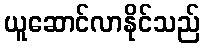
ယူဆောင်လာနိုင်သည်